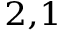
^ { 2 , 1 }